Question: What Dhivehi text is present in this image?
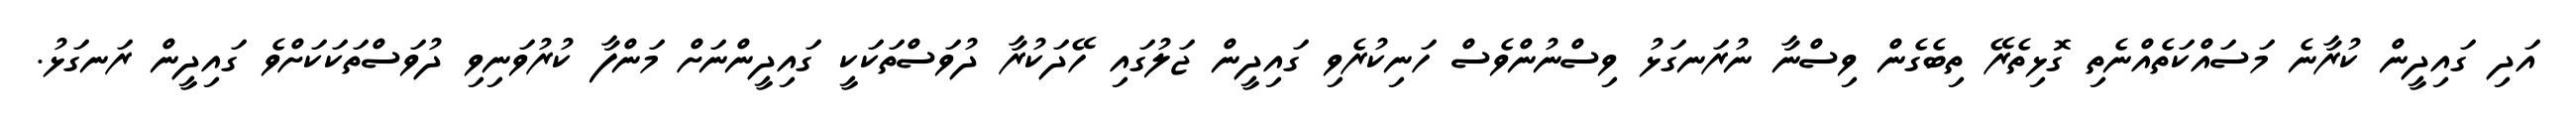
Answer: އަދި ގައިދީން ކުރާނެ މަސައްކަތެއްނެތި ގޮޅިތެރޭ ތިބެގެން ވިސްނާ ނުރަނގަޅު ވިސްނުންވެސް ހަނިކުރެވި ގައިދީން ޖަލުގައި ހޭދަކުރާ ދުވަސްތަކަކީ ގައިދީންނަށް މަންފާ ކުރުވަނިވި ދުވަސްތަކަކަށްވެ ގައިދީން ރަނގަޅު.